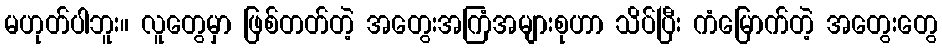
မဟုတ်ပါဘူး။ လူတွေမှာ ဖြစ်တတ်တဲ့ အတွေးအကြံအများစုဟာ သိပ်ပြီး ကံမြောက်တဲ့ အတွေးတွေ